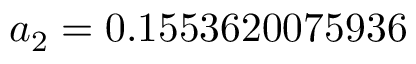
a _ { 2 } = 0 . 1 5 5 3 6 2 0 0 7 5 9 3 6